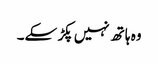
وہ ہاتھ نہیں پکڑ سکے۔